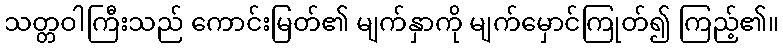
သတ္တဝါကြီးသည် ကောင်းမြတ်၏ မျက်နှာကို မျက်မှောင်ကြုတ်၍ ကြည့်၏။